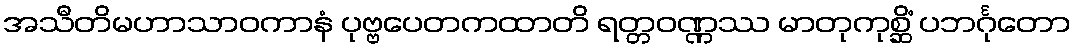
အသီတိမဟာသာဝကာနံ ပုဗ္ဗပေတကထာတိ ရတ္တဝဏ္ဏဿ မာတုကုစ္ဆိံ ပဘင်္ဂုတော